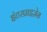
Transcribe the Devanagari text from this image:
इंटरप्राइज़ेस